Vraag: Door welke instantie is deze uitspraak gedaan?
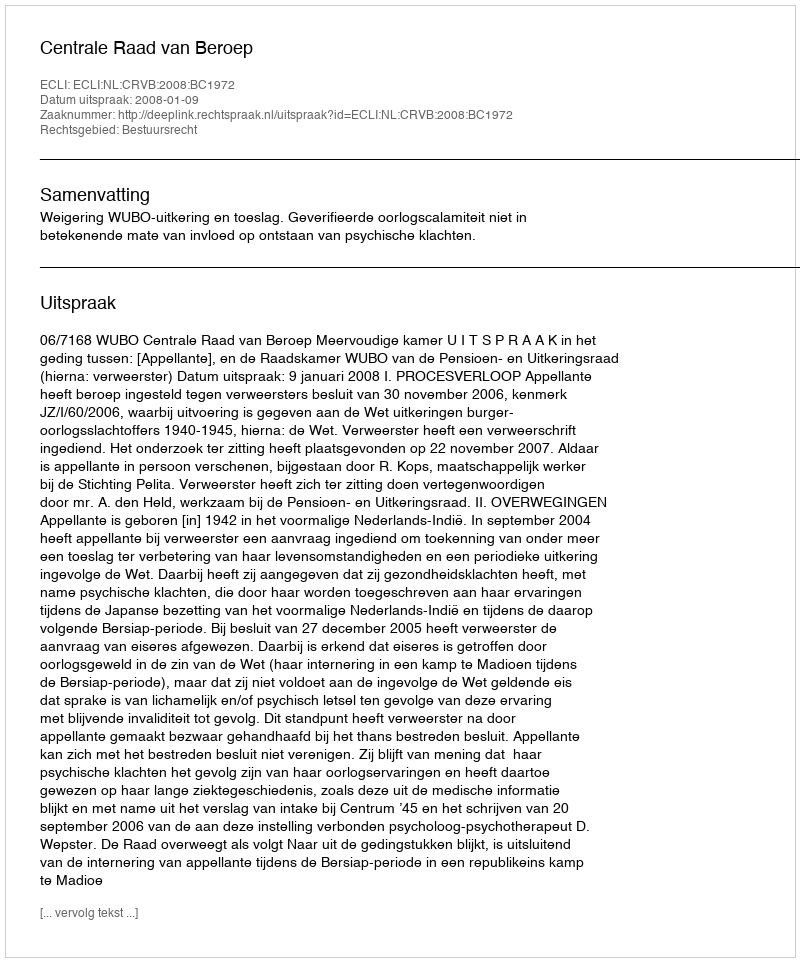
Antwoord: Centrale Raad van Beroep